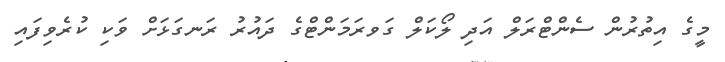
މީގެ އިތުރުން ސެންޓްރަލް އަދި ލޯކަލް ގަވރަމަންޓްގެ ދައުރު ރަނގަޅަށް ވަކި ކުރެވިފައި